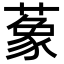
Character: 𦺨